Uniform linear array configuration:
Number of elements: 32
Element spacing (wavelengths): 1
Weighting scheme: cosine
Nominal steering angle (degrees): -45
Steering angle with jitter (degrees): -46.89
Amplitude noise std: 0.05
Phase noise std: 0.05

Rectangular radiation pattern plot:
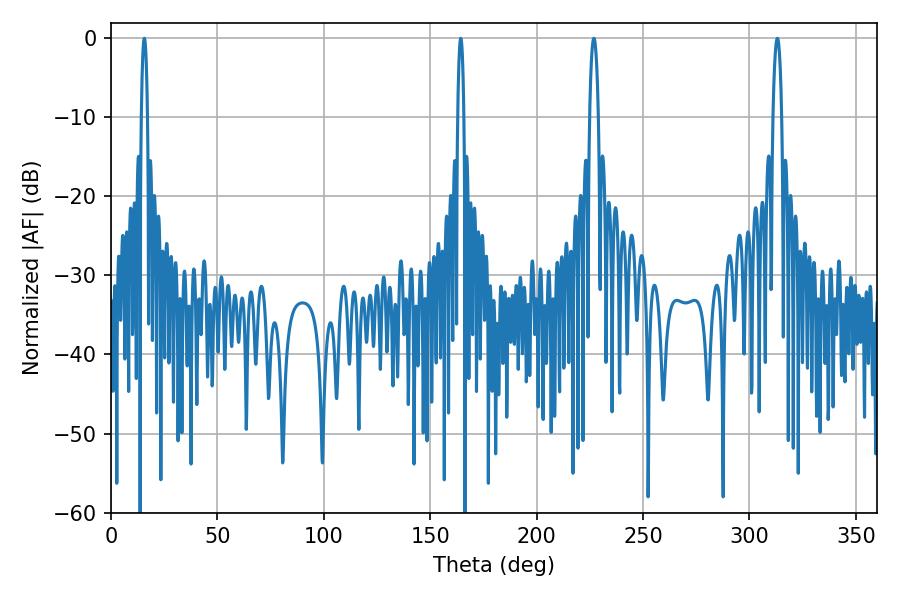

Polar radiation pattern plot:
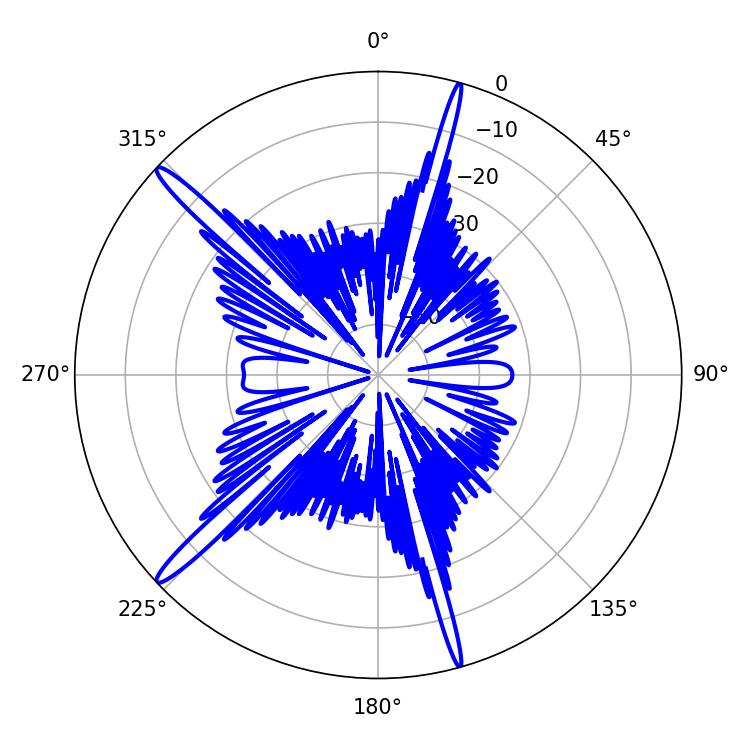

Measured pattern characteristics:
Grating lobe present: TRUE
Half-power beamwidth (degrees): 1.44
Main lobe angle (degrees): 15.66